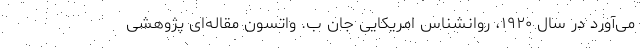
می‌آورد در سال ۱۹۲۰، روانشناس امریکایی جان ب. واتسون مقاله‌ای پژوهشی